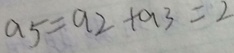
a 5 = a 2 + a 3 = 2